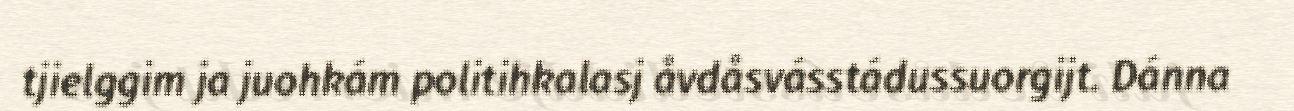
tjielggim ja juohkám politihkalasj åvdåsvásstádussuorgijt. Dánna